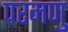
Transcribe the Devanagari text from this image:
परमणु